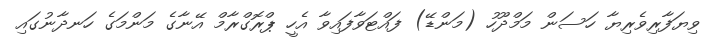
ވިޔަފާރިވެރިޔާ ހަސަން މަމްދޫހު (މަންޑޭ) ފައްޓަވާފައިވާ އެހީ ޕްރޮގްރާމް އޭނާގެ މަންމަގެ ހަނދާނުގައި